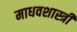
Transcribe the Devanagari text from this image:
माधवशास्त्री